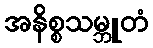
အနိစ္စသမ္ဘူတံ